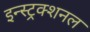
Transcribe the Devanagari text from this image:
इन्स्ट्रक्शनल